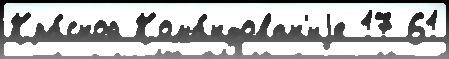
Кра́сной Кома́ндован'иjе 17 61